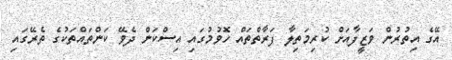
އޭގެ އިތުރުން ވަޒީފާއަށް ކުރިމަތިލާ ފަރާތްތައް ހޮވުމުގައި އިސްކަން ދެވޭ ކަންތައްތަކުގެ ތެރޭގައި